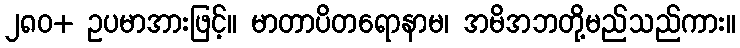
၂၈၀+ ဥပမာအားဖြင့်။ မာတာပိတရောနာမ၊ အမိအဘတို့မည်သည်ကား။